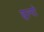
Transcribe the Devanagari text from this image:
छल्‍यो